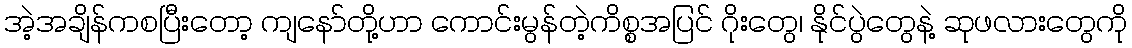
အဲ့အချိန်ကစပြီးတော့ ကျနော်တို့ဟာ ကောင်းမွန်တဲ့ကိစ္စအပြင် ဂိုးတွေ၊ နိုင်ပွဲတွေနဲ့ ဆုဖလားတွေကို